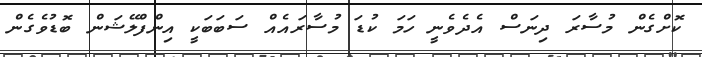
ކޮށްގެން މުސާރަ ދިނަސް އެދެވެނީ ހަމަ ކުޑަ މުސާރައެއް ސަބަބަކީ އިންފްލޭޝަން ބޮޑުވެގެން